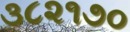
૩૮૨૧૭૦